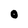
Character: O